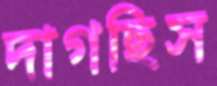
দাগছিস